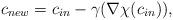
LaTeX: \begin{align*}c_{new} = c_{in} -\gamma (\nabla \chi(c_{in})),\end{align*}